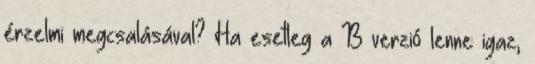
érzelmi megcsalásával? Ha esetleg a B verzió lenne igaz,